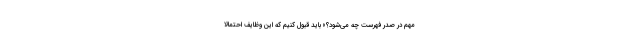
مهم در صدر فهرست چه می‌شود؟» باید قبول کنیم که این وظایف احتمالاً